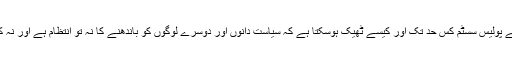
مجھے بھی بتائیں کہ ایسا کرنے سے پولیس سسٹم کس حد تک اور کیسے ٹھیک ہوسکتا ہے کہ سیاست دانوں اور دوسرے لوگوں کو باندھنے کا نہ تو انتظام ہے اور نہ کہیں اس کی خواہش بھی موجود ہے۔